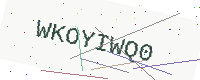
Text: WKOYIWQ0